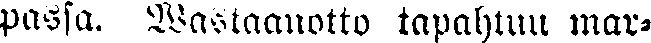
passa. Wastaanotto tapahtuu mar-